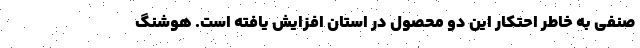
صنفی به خاطر احتکار این دو محصول در استان افزایش یافته است. هوشنگ